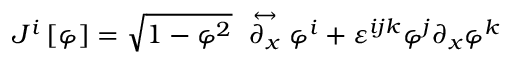
J ^ { i } \left[ \varphi \right] = \sqrt { 1 - \varphi ^ { 2 } } ~ \stackrel { \leftrightarrow } { \partial _ { x } } \varphi ^ { i } + \varepsilon ^ { i j k } \varphi ^ { j } \partial _ { x } \varphi ^ { k }